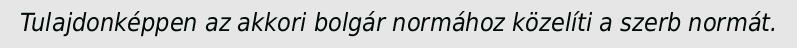
Tulajdonképpen az akkori bolgár normához közelíti a szerb normát.